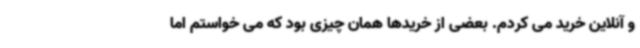
و آنلاین خرید می کردم. بعضی از خریدها همان چیزی بود که می خواستم اما